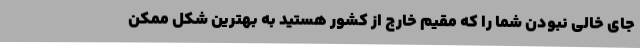
جای خالی نبودن شما را که مقیم خارج از کشور هستید به بهترین شکل ممکن